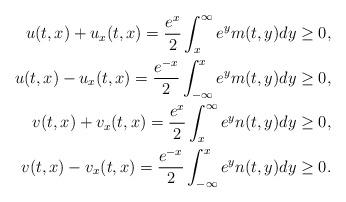
LaTeX: \begin{align*}u(t,x)+u_x(t,x)=\frac{e^x}{2}\int^{\infty}_x e^y m(t,y)dy\geq 0, \\u(t,x)-u_x(t,x)=\frac{e^{-x}}{2}\int_{-\infty}^x e^y m(t,y)dy\geq 0,\\v(t,x)+v_x(t,x)=\frac{e^x}{2}\int^{\infty}_x e^y n(t,y)dy\geq 0, \\v(t,x)-v_x(t,x)=\frac{e^{-x}}{2}\int_{-\infty}^x e^y n(t,y)dy\geq 0.\end{align*}